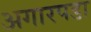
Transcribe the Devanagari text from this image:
अगारपडा